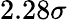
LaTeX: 2.28\sigma